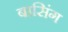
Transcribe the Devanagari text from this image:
बासिंग